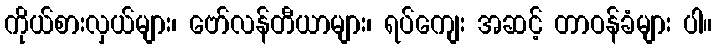
ကိုယ်စားလှယ်များ၊ ဗော်လန်တီယာများ၊ ရပ်ကျေး အဆင့် တာဝန်ခံများ ပါ။